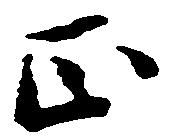
正